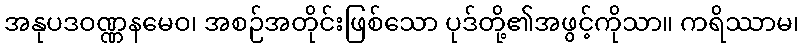
အနုပဒဝဏ္ဏနမေဝ၊ အစဉ်အတိုင်းဖြစ်သော ပုဒ်တို့၏အဖွင့်ကိုသာ။ ကရိဿာမ၊